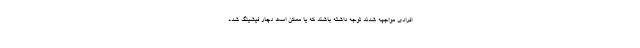
افرادی مواجهه شدند توجه داشته باشند که یا ممکن است دچار فیشینگ شده